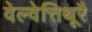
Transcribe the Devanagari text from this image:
वेल्वेत्तिथूरै